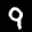
Label: 9